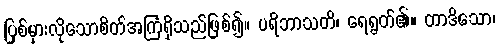
ပြစ်မှားလိုသောစိတ်အကြံရှိသည်ဖြစ်၍။ ပရိဘာသတိ၊ ရေရွတ်၏။ တာဒိသော၊